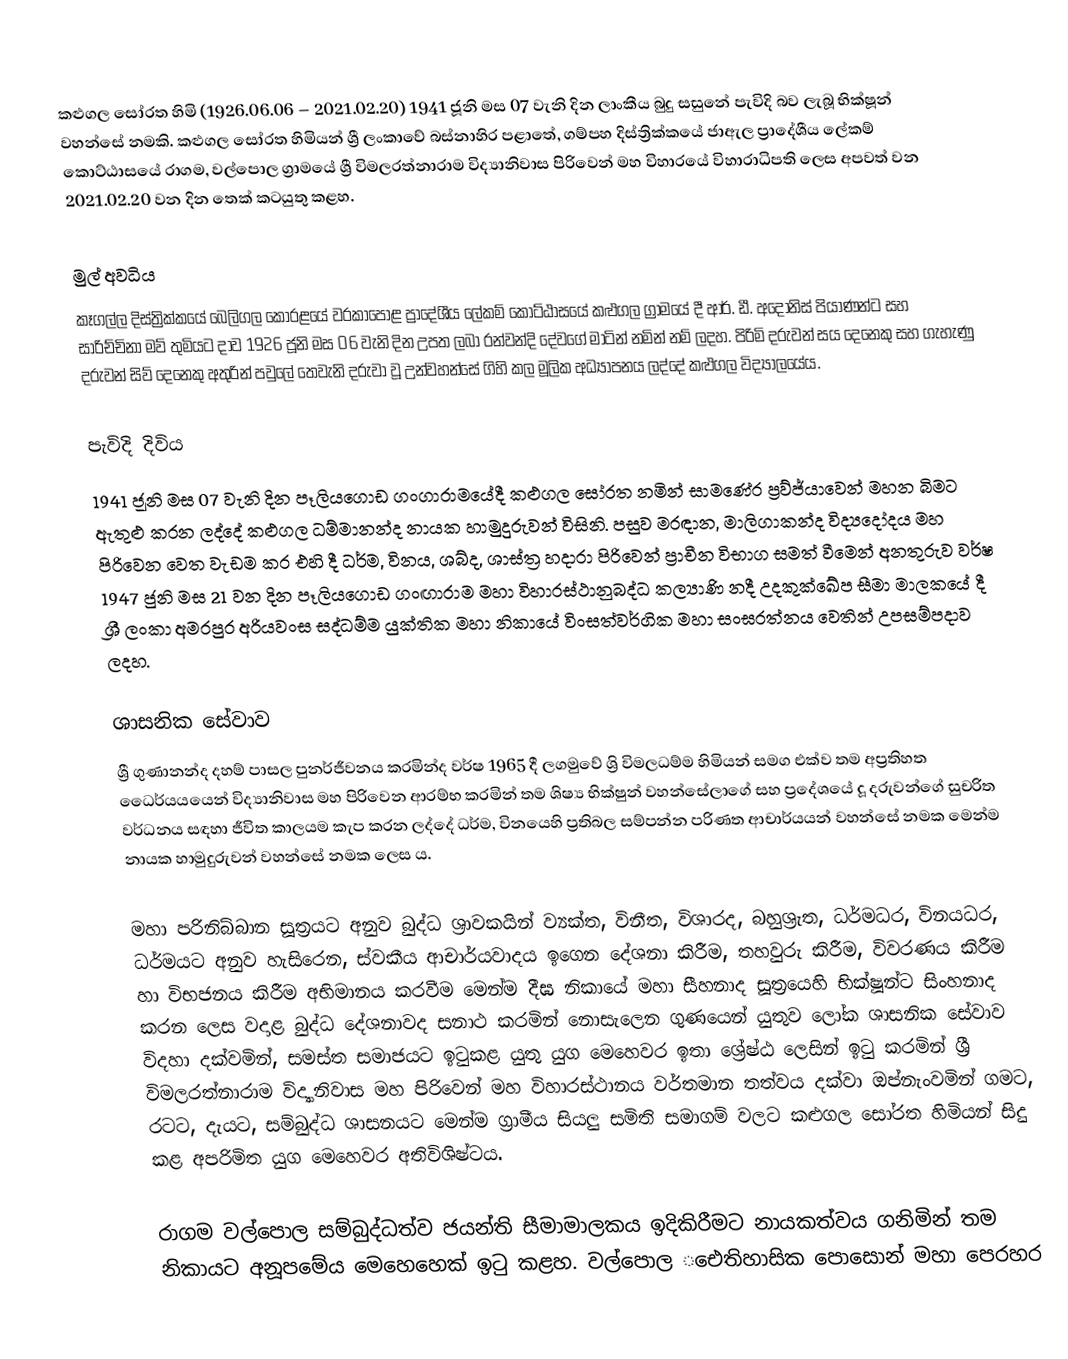
කළුගල සෝරත හිමි (1926.06.06 – 2021.02.20) 1941 ජූනි මස 07 වැනි දින ලාංකීය බුදු සසුනේ පැවිදි බව ලැබූ භික්ෂූන් වහන්සේ නමකි. කළුගල සෝරත හිමියන් ශ්‍රී ලංකාවේ බස්නාහිර පළාතේ, ගම්පහ දිස්ත්‍රික්කයේ ජාඇල ප්‍රාදේශීය ලේකම් කොට්ඨාසයේ රාගම, වල්පොල ග්‍රාමයේ ශ්‍රී විමලරත්නාරාම විද්‍යානිවාස පිරිවෙන් මහ විහාරයේ විහාරාධිපති ලෙස අපවත් වන 2021.02.20 වන දින තෙක් කටයුතු කළහ.

මුල් අවධිය
කෑගල්ල දිස්ත්‍රික්කයේ බෙලිගල කෝරළයේ වරකාපොළ ප්‍රාදේශීය ලේකම් කොට්ඨාසයේ කළුගල ග්‍රාමයේ දී ආර්. ඩී. අදෝනිස් පියාණන්ට සහ සාරිච්චිනා මව් තුමියට දාව 1926 ජූනි මස 06 වැනි දින උපත ලබා රන්වන්දි දේවගේ මාටින් නමින් නම් ලදහ. පිරිමි දරුවන් සය දෙනෙකු සහ ගැහැණු දරුවන් සිව් දෙනෙකු අතුරින් පවුලේ තෙවැනි දරුවා වූ උන්වහන්සේ ගිහි කල මූලික අධ්‍යාපනය ලද්දේ කළුගල විද්‍යාලයේය.

පැවිදි දිවිය
1941 ජූනි මස 07 වැනි දින පෑලියගොඩ ගංගාරාමයේදී කළුගල සෝරත නමින් සාමණේර ප්‍රව්ජ්යාවෙන් මහන බිමට ඇතුළු කරන ලද්දේ කළුගල ධම්මානන්ද නායක හාමුදුරුවන් විසිනි. පසුව මරඳාන, මාලිගාකන්ද විද්‍යදෝදය මහ පිරිවෙන වෙත වැඩම කර එහි දී ධර්ම, විනය, ශබ්ද, ශාස්ත්‍ර හදාරා පිරිවෙන් ප්‍රාචීන විභාග සමත් වීමෙන් අනතුරුව වර්ෂ 1947 ජුනි මස 21 වන දින පෑලියගොඩ ගංඟාරාම මහා විහාරස්ථානුබද්ධ කල්‍යාණි නදී උදකුක්ඛේප සීමා මාලකයේ දී ශ්‍රී ලංකා අමරපුර අරියවංස සද්ධම්ම යුක්තික මහා නිකායේ විංසත්වර්ගික මහා සංඝරත්නය වෙතින් උපසම්පදාව ලදහ.

ශාසනික සේවාව
ශ්‍රී ගුණානන්ද දහම් පාසල පුනර්ජීවනය කරමින්ද වර්ෂ 1965 දී ලගමුවේ ශ්‍රි විමලධම්ම හිමියන් සමග එක්ව තම අප්‍රතිහත ධෛර්යයයෙන් විද්‍යානිවාස මහ පිරිවෙන ආරම්භ කරමින් තම ශිෂ්‍ය භික්ෂුන් වහන්සේලාගේ සහ ප්‍රදේශයේ දූ දරුවන්ගේ සුචරිත වර්ධනය සඳහා ජීවිත කාලයම කැප කරන ලද්දේ ධර්ම, විනයෙහි ප්‍රතිබල සම්පන්න පරිණත ආචාර්යයන් වහන්සේ නමක මෙන්ම නායක හාමුදුරුවන් වහන්සේ නමක ලෙස ය.

මහා පරිනිබ්බාන සූත්‍රයට අනුව බුද්ධ ශ්‍රාවකයින් ව්‍යක්ත, විනීත, විශාරද, බහුශ්‍රැත, ධර්මධර, විනයධර, ධර්මයට අනුව හැසිරෙන, ස්වකීය ආචාර්යවාදය ඉගෙන දේශනා කිරීම, තහවුරු කිරීම, විවරණය කිරීම හා විභජනය කිරීම අභිමානය කරවීම මෙන්ම දීඝ නිකායේ මහා සීහනාද සූත්‍රයෙහි භික්ෂූන්ට සිංහනාද කරන ලෙස වදාළ බුද්ධ දේශනාවද සනාථ කරමින් නොසැලෙන ගුණයෙන් යුතුව ලෝක ශාසනික සේවාව විදහා දක්වමින්, සමස්ත සමාජයට ඉටුකළ යුතු යුග මෙහෙවර ඉතා ශ්‍රේෂ්ඨ ලෙසින් ඉටු කරමින් ශ්‍රී විමලරත්නාරාම විද්‍යානිවාස මහ පිරිවෙන් මහ විහාරස්ථානය වර්තමාන තත්වය දක්වා ඔප්නැංවමින් ගමට, රටට, දැයට, සම්බුද්ධ ශාසනයට මෙන්ම ග්‍රාමීය සියලු සමිති සමාගම් වලට කළුගල සෝරත හිමියන් සිදු කළ අපරිමිත යුග මෙහෙවර අතිවිශිෂ්ටය.

රාගම වල්පොල සම්බුද්ධත්ව ජයන්ති සීමාමාලකය ඉදිකිරීමට නායකත්වය ගනිමින් තම නිකායට අනූපමේය ‌මෙහෙහෙක් ඉටු කළහ. වල්පොල ‌‌ඓතිහාසික පොසොන් මහා පෙරහර